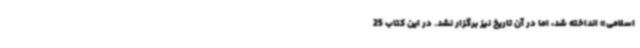
اسلامی» انداخته شد، اما در آن تاریخ نیز برگزار نشد. در این کتاب 25